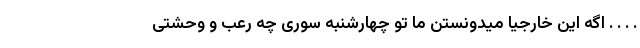
. . . . اگه این خارجیا میدونستن ما تو چهارشنبه سوری چه رعب و وحشتی